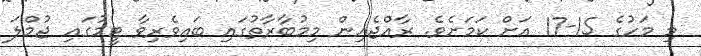
މި މަހުގެ 15-17 އަށް ކަމަށެވެ. ރާއްޖެއިން މިމުބާރާތުގައި ބައިވެރިވާ ޓީމުގައި ޖުމްލަ